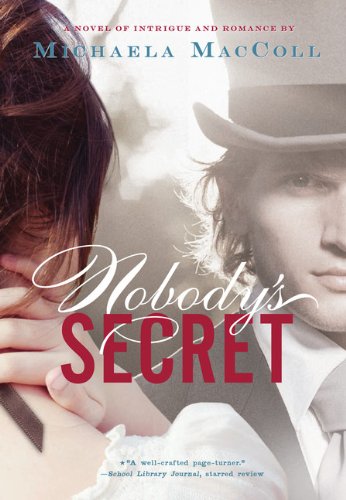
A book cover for Nobody's Secret; Michaela MacColl; Teen & Young Adult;